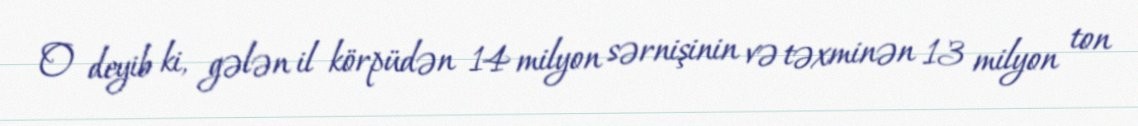
O deyib ki, gələn il körpüdən 14 milyon sərnişinin və təxminən 13 milyon ton